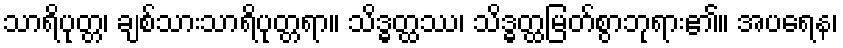
သာရိပုတ္တ၊ ချစ်သားသာရိပုတ္တရာ။ သိဒ္ဓတ္ထဿ၊ သိဒ္ဓတ္ထမြတ်စွာဘုရား၏။ အပရေန၊